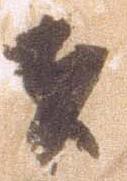
者